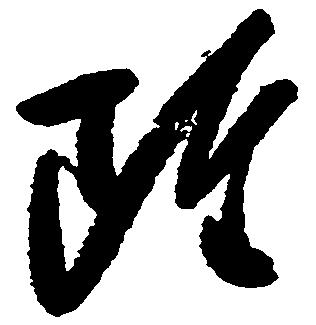
雖